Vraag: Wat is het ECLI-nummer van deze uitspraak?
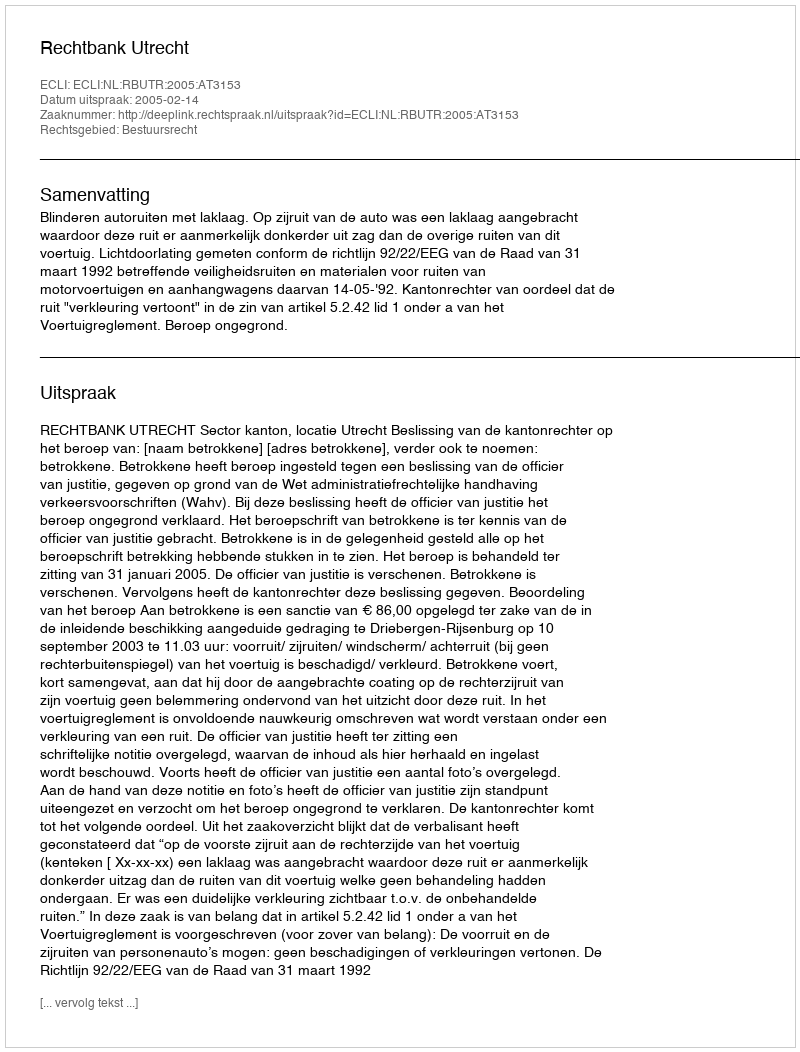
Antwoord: ECLI:NL:RBUTR:2005:AT3153